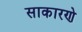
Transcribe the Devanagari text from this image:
साकारणे